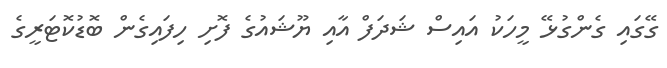
ގޭގައި ގެންގުޅޭ މީހަކު އައިސް ޝަދަފް އާއި ޔޫޝައުގެ ފޮށި ހިފައިގެން ބޮޑުކޮޓަރީގެ